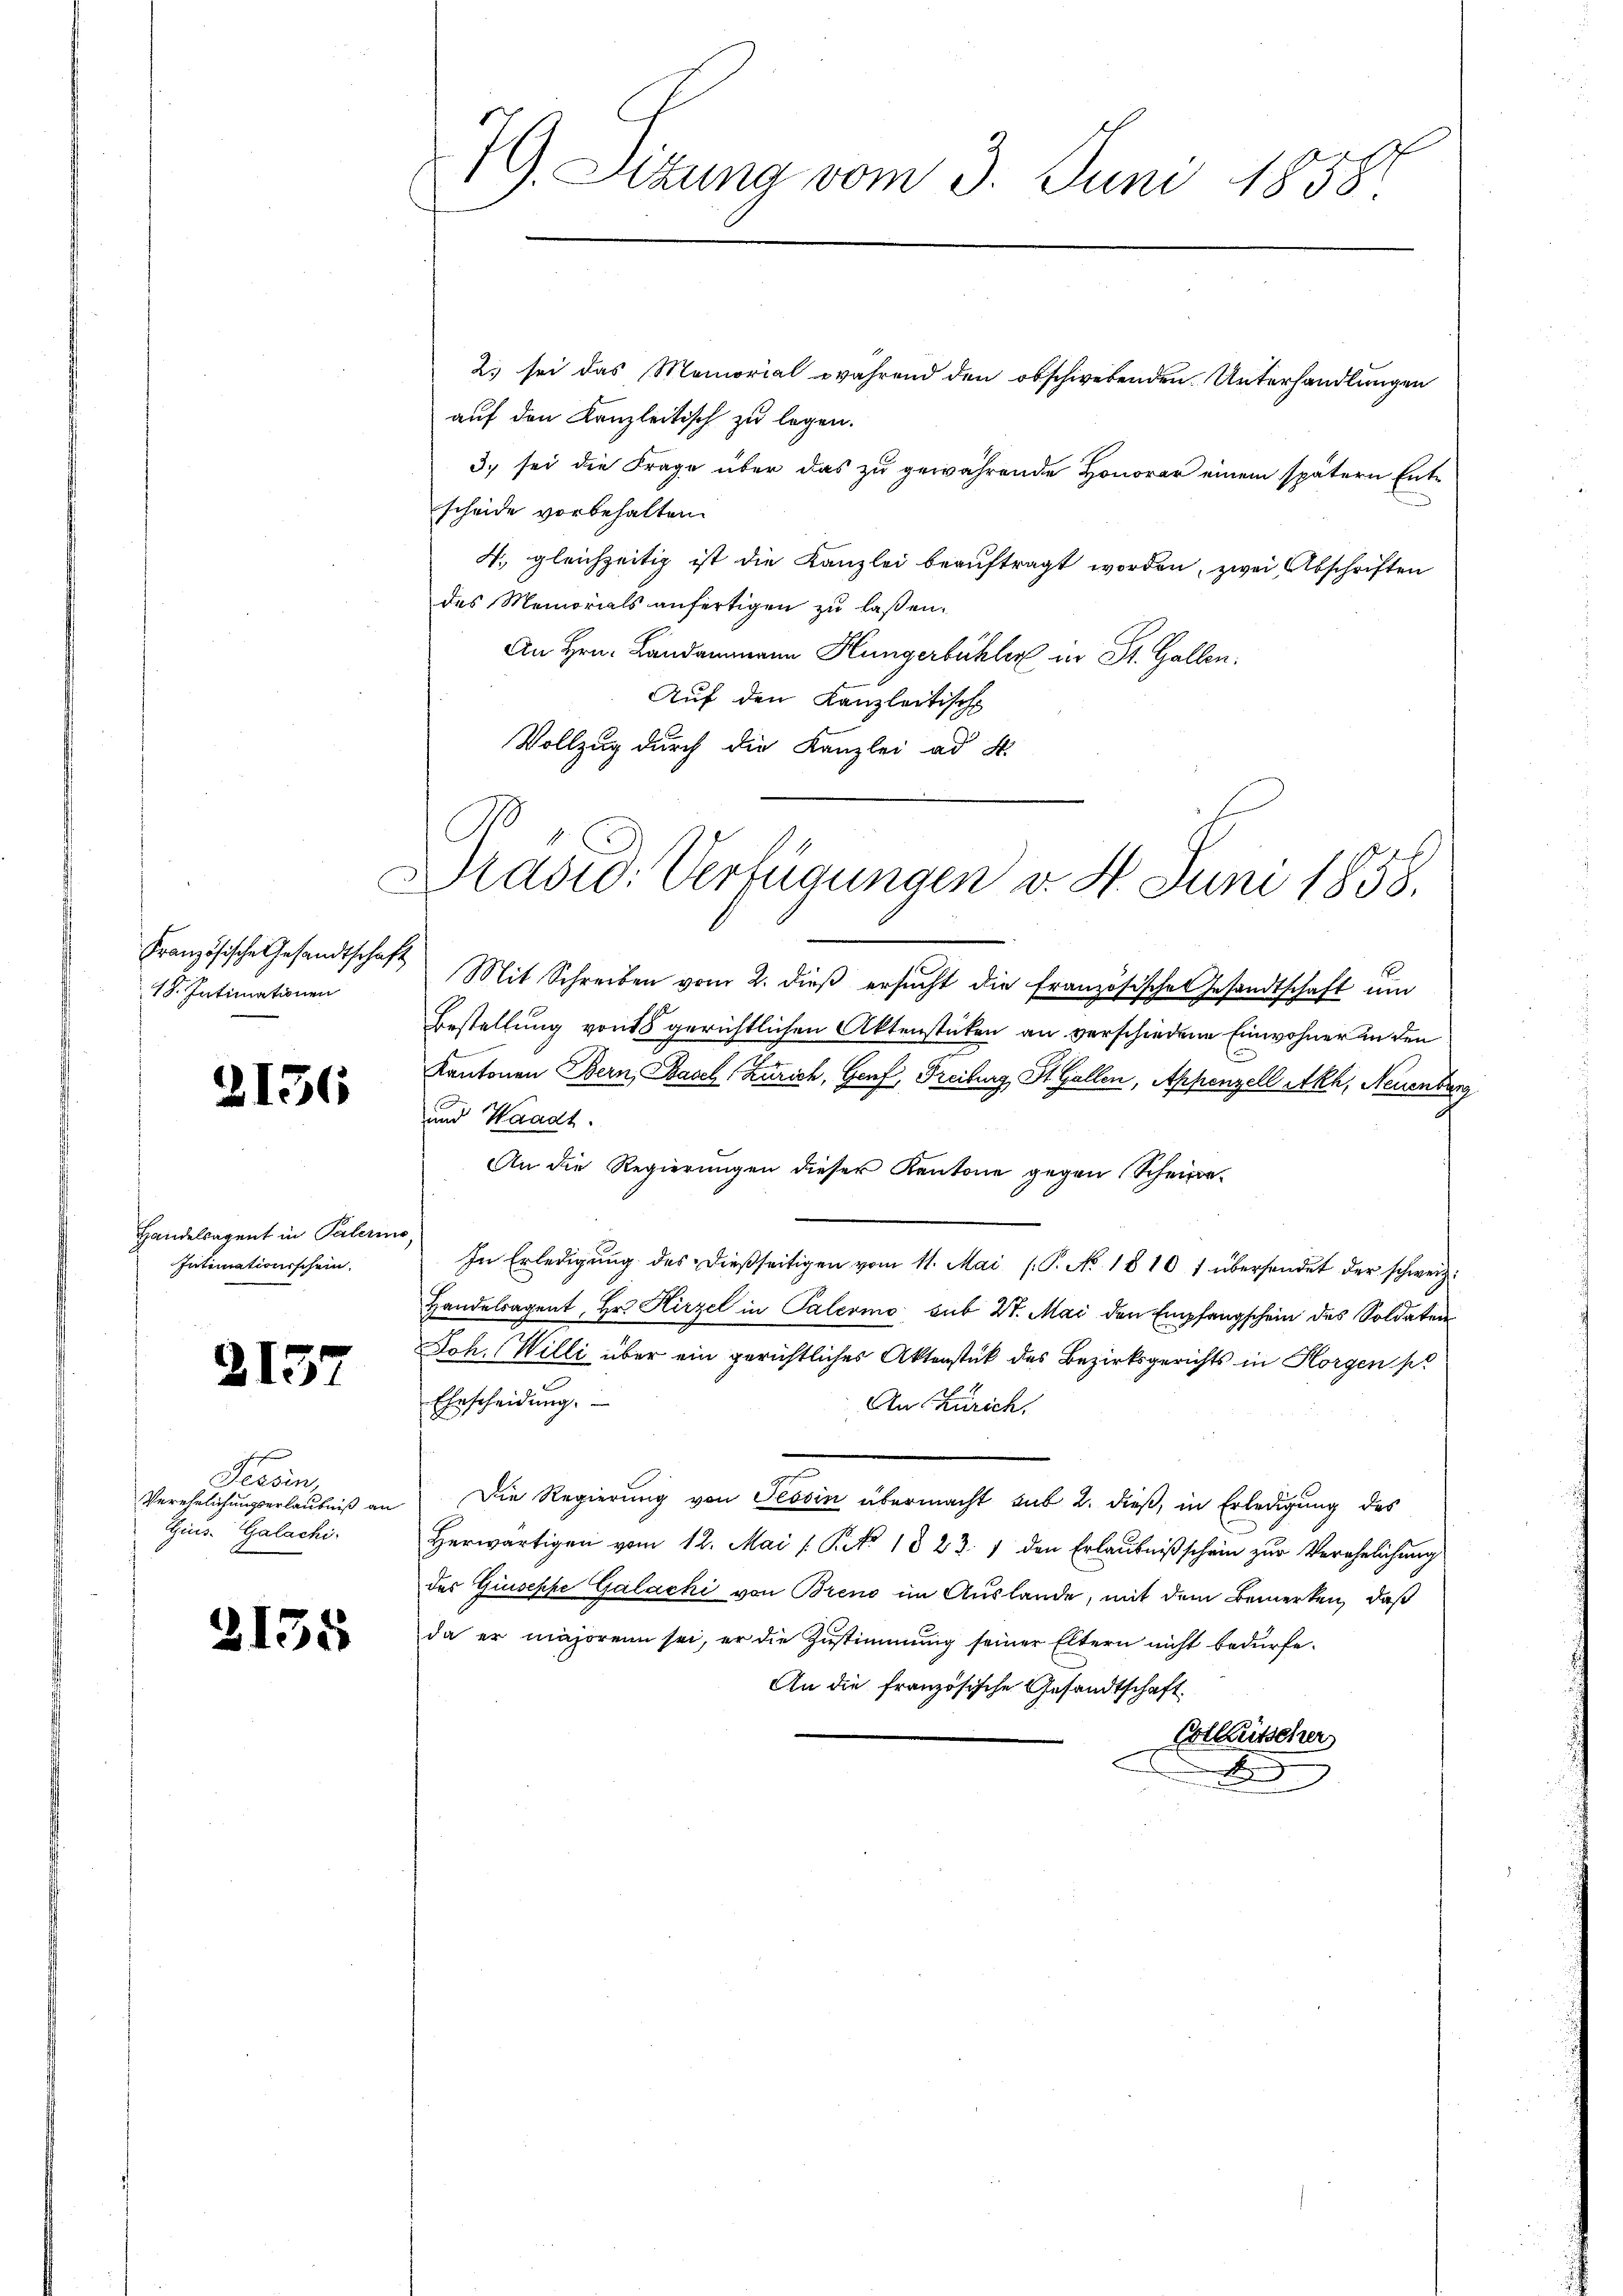
Französische Gesandtschaft
18. Intimationen

2136

Handelsagent in Palerins
Intimationsschein.

d

157

Fessen
Verehelichungserlaubniß an
Tins. Galachi

2135

2. sei das Memorial während den obschwebenden Unterhandlungen
auf den Kanzleitisch zu legen.
3. sei die Frage über das zu gewährende Honorar einem spätern Entscheide vorbehalten.
4. gleichzeitig ist die Kanzlei beauftragt worden, zwei Abschriften
des Memorials anfertigen zu laßen.
An Hrn. Landammann Hungerbühler in St. Gallen.
Auf den Kanzleitische
Vollzug durch die Kanzlei ad 4.

79. Sizung vom 3. Juni 1858.

Drasid. Verfügungen v. 4. Juni 1858.

Mit Schreiben vom 2. dieβ ersŭcht die französische Gesandtschaft ŭm
Bestellung von 18 gerichtlichen Aktenstücken an verschiedene Einwohner in den
Kantonen Bern, Basch Zürich, Genf, Freiburg, St. Gallen, Appenzell Akh, Neuenber
und Waadt.
An die Regierungen dieser Kantone gegen Scheine
In Erledigŭng des dießseitigen vom 11. Mai l. P. No. 1810 f übersendet der schweiz.
Handelsagent, Hr. Hirzel in Palermo sub 27. Mai den Empfangschein des Soldaten
Joh. Willi über ein gerichtliches Aktenstück des Bezirksgerichts in Horgen pr
Ehrscheidŭng.
An Zürich,
Die Regierung von Tessin übermacht sub 2. dieß, in Erledigung des

herwärtigen vom 12. Mai (Pro. 1823. 1 den Erlaŭbniβ schein zŭr Verehelichŭng
des Giuseppe Galacki von Breno im Auslande, mit dem Bemerken, daß
da er majorenn sei, er die Zustimmung seiner Eltern nicht bedürfe.
An die französische Gesandtschaft
Cotkutscher
F